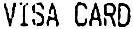
VISA CARD